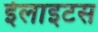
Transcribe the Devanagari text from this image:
ईलाइटस